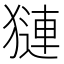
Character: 𬍁